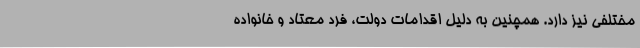
مختلفی نیز دارد. همچنین به دلیل اقدامات دولت، فرد معتاد و خانواده